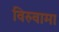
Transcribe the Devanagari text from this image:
विरुवामा